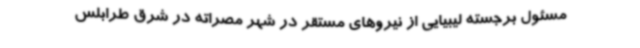
مسئول برجسته لیبیایی از نیروهای مستقر در شهر مصراته در شرق طرابلس